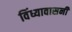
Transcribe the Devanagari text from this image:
विंध्यावासनी